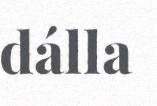
dálla